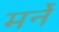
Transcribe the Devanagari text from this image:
मर्ने